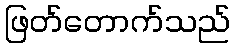
ဖြတ်တောက်သည်